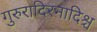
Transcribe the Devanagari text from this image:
गुरुरादिरनादिश्च